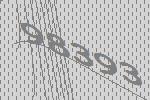
98393